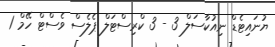
ޔުނައިޓެޑް ނިއުކާސަލް 3 - 3 ކްރިސްޓަލް ޕެލެސް ވެސްޓް ހޭމް 1